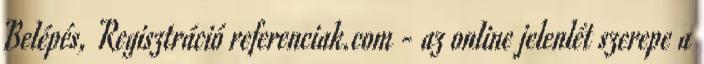
Belépés, Regisztráció referenciak.com - az online jelenlét szerepe a